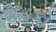
દાહકો